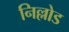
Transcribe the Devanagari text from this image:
निल्लोड